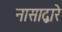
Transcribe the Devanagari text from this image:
नासाद्वारे